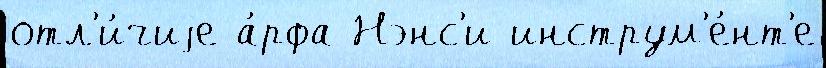
отл'и́чиjе а́рфа Нэнс'и инструм'е́нт'е